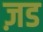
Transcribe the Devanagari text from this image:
ज़ड